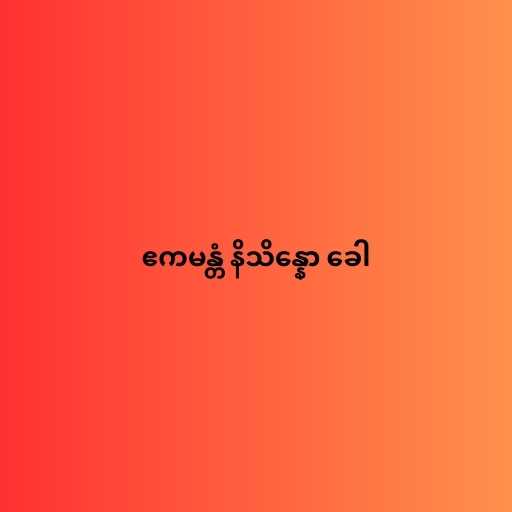
ဧကမန္တံ နိသိန္နော ခေါ